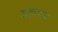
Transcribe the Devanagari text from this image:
शहराना